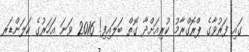
ގައި ފަރުވާގެ ޕްރޮގްރާމު ކުރިއަށްދާ ގޮތް ބަލައިފި! 2016 ވަނަ އަހަރުގެ ކަލަންޑަރ